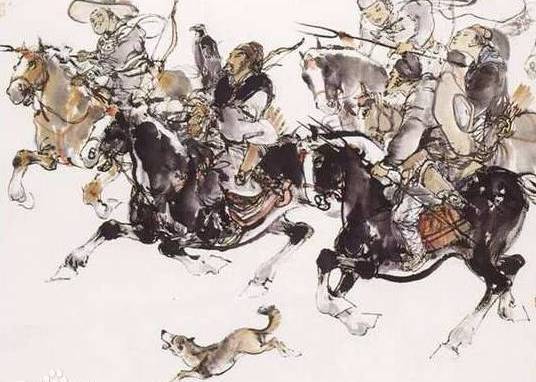
会挽雕弓如满月，西北望，射天狼。